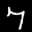
Label: 7